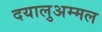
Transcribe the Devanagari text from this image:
दयालुअम्मल